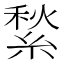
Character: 𦂎